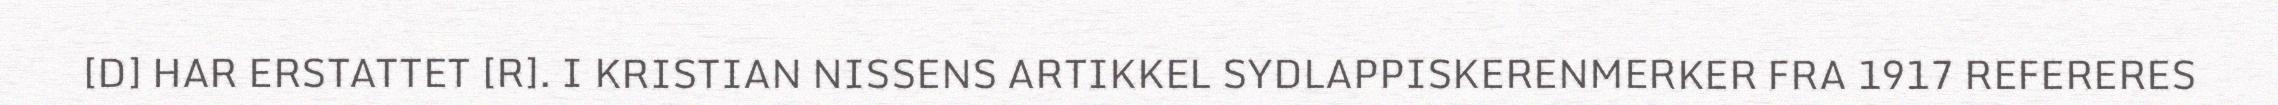
[D] HAR ERSTATTET [R]. I KRISTIAN NISSENS ARTIKKEL SYDLAPPISKERENMERKER FRA 1917 REFERERES